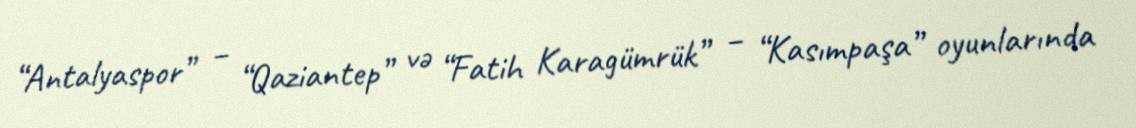
“Antalyaspor” – “Qaziantep” və “Fatih Karagümrük” – “Kasımpaşa” oyunlarında